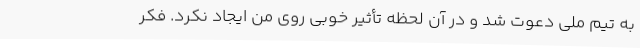
به تیم ملی دعوت شد و در آن لحظه تأثیر خوبی روی من ایجاد نکرد. فکر